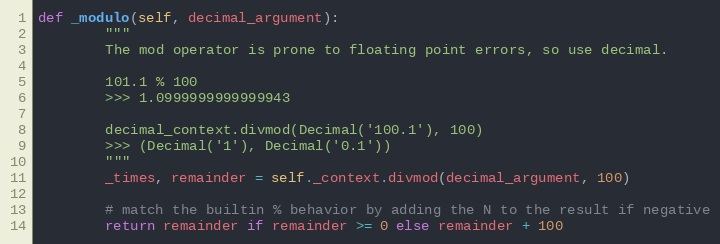
Language: Python
def _modulo(self, decimal_argument):
        """
        The mod operator is prone to floating point errors, so use decimal.

        101.1 % 100
        >>> 1.0999999999999943

        decimal_context.divmod(Decimal('100.1'), 100)
        >>> (Decimal('1'), Decimal('0.1'))
        """
        _times, remainder = self._context.divmod(decimal_argument, 100)

        # match the builtin % behavior by adding the N to the result if negative
        return remainder if remainder >= 0 else remainder + 100